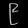
Digit: ၉